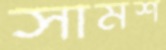
সামশ